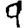
Digit: 9